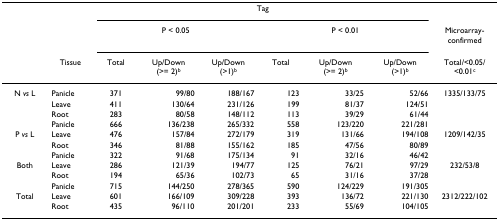
<table><thead><tr><td></td><td></td><td colspan="6"><b>Tag</b></td><td></td></tr><tr><td></td><td></td><td colspan="3"><b>P &lt; 0.05</b></td><td colspan="3"><b>P &lt; 0.01</b></td><td><b>Microarray-confirmed</b></td></tr><tr><td></td><td><b>Tissue</b></td><td><b>Total</b></td><td><b>Up/Down (&gt;= 2)<sup>b</sup></b></td><td><b>Up/Down (&gt;1)<sup>b</sup></b></td><td><b>Total</b></td><td><b>Up/Down (&gt;= 2)<sup>b</sup></b></td><td><b>Up/Down (&gt;1)<sup>b</sup></b></td><td><b>Total/&lt;0.05/&lt;0.01<sup>c</sup></b></td></tr></thead><tbody><tr><td>N <i>vs </i>L</td><td>Panicle</td><td>371</td><td>99/80</td><td>188/167</td><td>123</td><td>33/25</td><td>52/66</td><td>1335/133/75</td></tr><tr><td></td><td>Leave</td><td>411</td><td>130/64</td><td>231/126</td><td>199</td><td>81/37</td><td>124/51</td><td></td></tr><tr><td></td><td>Root</td><td>283</td><td>80/58</td><td>148/112</td><td>113</td><td>39/29</td><td>61/44</td><td></td></tr><tr><td></td><td>Panicle</td><td>666</td><td>136/238</td><td>265/332</td><td>558</td><td>123/220</td><td>221/281</td><td></td></tr><tr><td>P <i>vs </i>L</td><td>Leave</td><td>476</td><td>157/84</td><td>272/179</td><td>319</td><td>131/66</td><td>194/108</td><td>1209/142/35</td></tr><tr><td></td><td>Root</td><td>346</td><td>81/88</td><td>155/162</td><td>185</td><td>47/56</td><td>80/89</td><td></td></tr><tr><td></td><td>Panicle</td><td>322</td><td>91/68</td><td>175/134</td><td>91</td><td>32/16</td><td>46/42</td><td></td></tr><tr><td>Both</td><td>Leave</td><td>286</td><td>121/39</td><td>194/77</td><td>125</td><td>76/21</td><td>97/29</td><td>232/53/8</td></tr><tr><td></td><td>Root</td><td>194</td><td>65/36</td><td>102/73</td><td>65</td><td>31/16</td><td>37/28</td><td></td></tr><tr><td></td><td>Panicle</td><td>715</td><td>144/250</td><td>278/365</td><td>590</td><td>124/229</td><td>191/305</td><td></td></tr><tr><td>Total</td><td>Leave</td><td>601</td><td>166/109</td><td>309/228</td><td>393</td><td>136/72</td><td>221/130</td><td>2312/222/102</td></tr><tr><td></td><td>Root</td><td>435</td><td>96/110</td><td>201/201</td><td>233</td><td>55/69</td><td>104/105</td><td></td></tr></tbody></table>